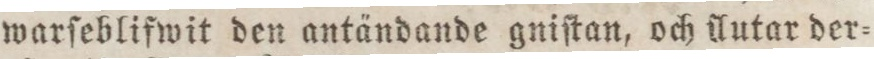
warſeblifwit den antändande gniſtan, och Autar der=